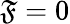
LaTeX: \mathfrak{F}=0